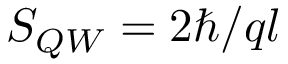
S _ { { Q W } } = 2 \hbar / q l